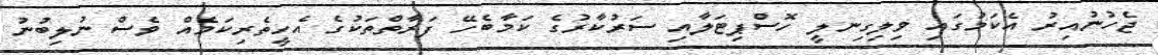
ޖެހުނުއިރު އެކަމުގައި ވިލިގިނލީ ހޮސްޕިޓަލާއި ސަރުކާރުގެ ކަމާބެހޭ ފަރާތްތަކުގެ އެހީތެރިކަމެއް ވެސް ނުލިބުނު